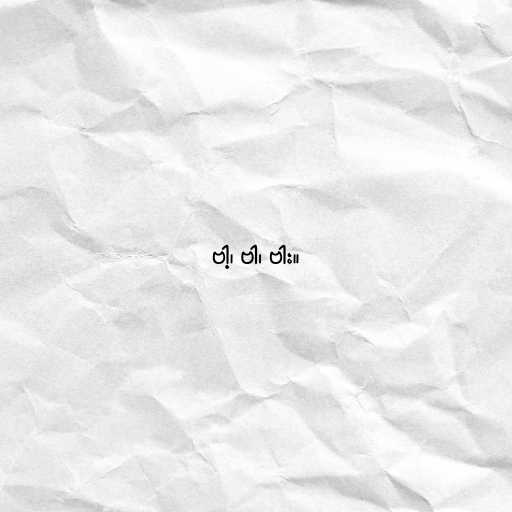
ဗါ့၊ ဗါ၊ ဗါး။